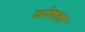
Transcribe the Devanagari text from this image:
यथेष्टता